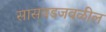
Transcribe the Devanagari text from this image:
सासवडजवळील